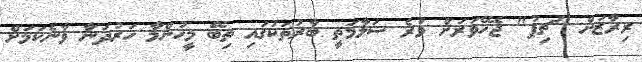
ރިރާޒަށް "ޗިޕު" ޖެހޭވަރަށް ވުރެ ސަލާމަތީ ބާރުތަކުގައި ތިބޭ މީހުންމާ ހަރުދަނާ ވާނެކަމަށް